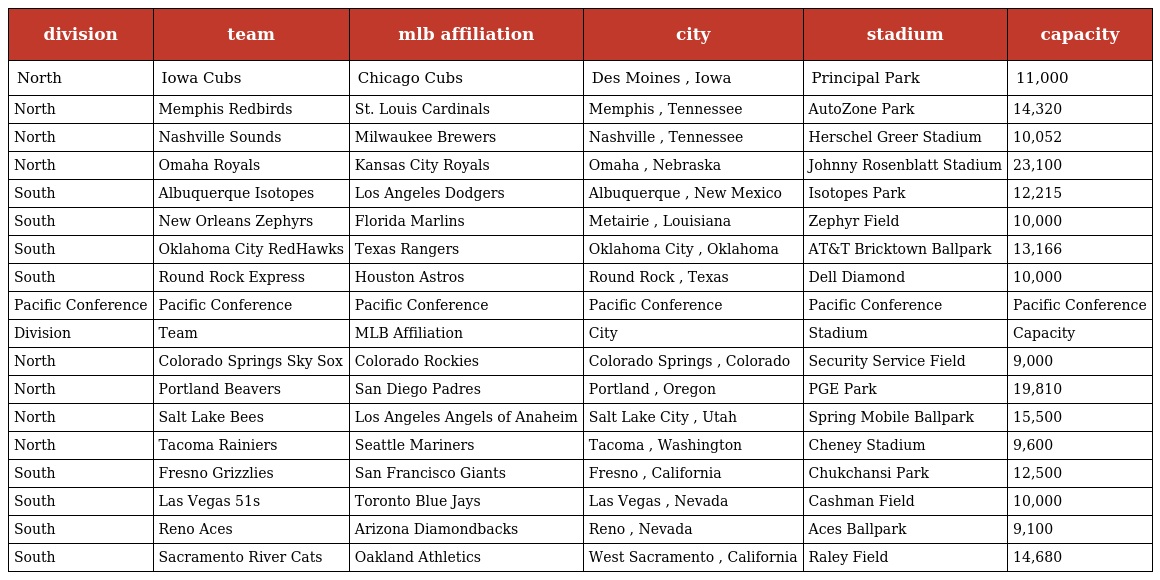
| division | team | mlb affiliation | city | stadium | capacity |
 | --- | --- | --- | --- | --- | --- |
 | North | Iowa Cubs | Chicago Cubs | Des Moines , Iowa | Principal Park | 11,000 |
 | North | Memphis Redbirds | St. Louis Cardinals | Memphis , Tennessee | AutoZone Park | 14,320 |
 | North | Nashville Sounds | Milwaukee Brewers | Nashville , Tennessee | Herschel Greer Stadium | 10,052 |
 | North | Omaha Royals | Kansas City Royals | Omaha , Nebraska | Johnny Rosenblatt Stadium | 23,100 |
 | South | Albuquerque Isotopes | Los Angeles Dodgers | Albuquerque , New Mexico | Isotopes Park | 12,215 |
 | South | New Orleans Zephyrs | Florida Marlins | Metairie , Louisiana | Zephyr Field | 10,000 |
 | South | Oklahoma City RedHawks | Texas Rangers | Oklahoma City , Oklahoma | AT&T Bricktown Ballpark | 13,166 |
 | South | Round Rock Express | Houston Astros | Round Rock , Texas | Dell Diamond | 10,000 |
 | Pacific Conference | Pacific Conference | Pacific Conference | Pacific Conference | Pacific Conference | Pacific Conference |
 | Division | Team | MLB Affiliation | City | Stadium | Capacity |
 | North | Colorado Springs Sky Sox | Colorado Rockies | Colorado Springs , Colorado | Security Service Field | 9,000 |
 | North | Portland Beavers | San Diego Padres | Portland , Oregon | PGE Park | 19,810 |
 | North | Salt Lake Bees | Los Angeles Angels of Anaheim | Salt Lake City , Utah | Spring Mobile Ballpark | 15,500 |
 | North | Tacoma Rainiers | Seattle Mariners | Tacoma , Washington | Cheney Stadium | 9,600 |
 | South | Fresno Grizzlies | San Francisco Giants | Fresno , California | Chukchansi Park | 12,500 |
 | South | Las Vegas 51s | Toronto Blue Jays | Las Vegas , Nevada | Cashman Field | 10,000 |
 | South | Reno Aces | Arizona Diamondbacks | Reno , Nevada | Aces Ballpark | 9,100 |
 | South | Sacramento River Cats | Oakland Athletics | West Sacramento , California | Raley Field | 14,680 |